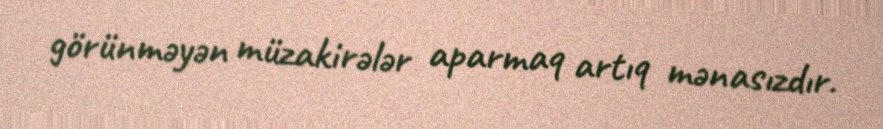
görünməyən müzakirələr aparmaq artıq mənasızdır.